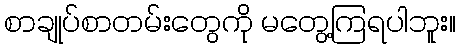
စာချုပ်စာတမ်းတွေကို မတွေ့ကြရပါဘူး။